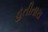
હતીતારા